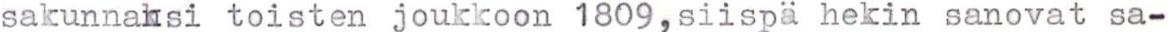
sakunnaksi toisten joukkoon 1809,siispä hekin sanovat sa-